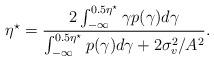
LaTeX: \begin{align*}\eta^{\star}=\frac{2\int_{-\infty}^{0.5\eta^{\star}}{\gamma p(\gamma)d\gamma}}{\int_{-\infty}^{0.5\eta^{\star}}{p(\gamma)d\gamma}+2\sigma_v^2/A^2}.\end{align*}